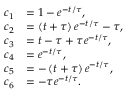
\begin{array} { r l } { c _ { 1 } } & { = 1 - e ^ { - t / \tau } , } \\ { c _ { 2 } } & { = \left( t + \tau \right) e ^ { - t / \tau } - \tau , } \\ { c _ { 3 } } & { = t - \tau + \tau e ^ { - t / \tau } , } \\ { c _ { 4 } } & { = e ^ { - t / \tau } , } \\ { c _ { 5 } } & { = - \left( t + \tau \right) e ^ { - t / \tau } , } \\ { c _ { 6 } } & { = - \tau e ^ { - t / \tau } . } \end{array}